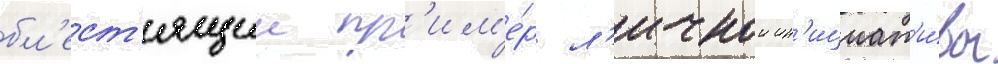
бл'ест'ящии пр'им'е́р л'ичнои ин'ициат'и́вы